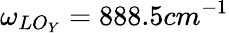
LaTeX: \omega_{LO_{Y}}=888.5cm^{-1}